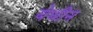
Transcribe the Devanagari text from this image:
येथीन